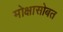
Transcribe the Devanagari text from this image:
मोक्षासोबत